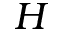
H